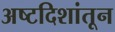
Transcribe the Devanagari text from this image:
अष्टदिशांतून